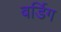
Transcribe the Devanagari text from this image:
बर्डिग